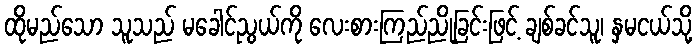
ထိုမည်သော သူသည် မခေါင်ညွယ်ကို လေးစားကြည်ညိုခြင်းဖြင့် ချစ်ခင်သူ၊ နှမငယ်သို့